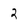
Character: 2